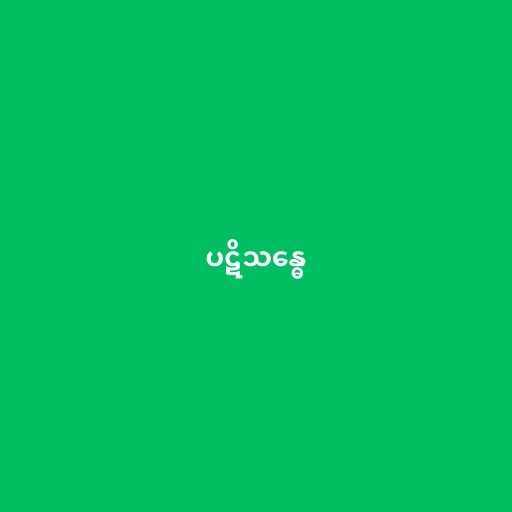
ပဋိသန္ဓေ